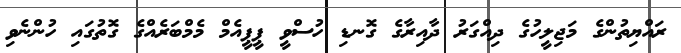
ރައްޔިތުންގެ މަޖިލީހުގެ ދިއްގަރު ދާއިރާގެ ގޮނޑި ހުސްވީ ޕީޕީއެމް މެމްބަރެއްގެ ގޮތުގައި ހުންނެވި